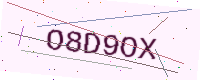
Text: O8D9OX